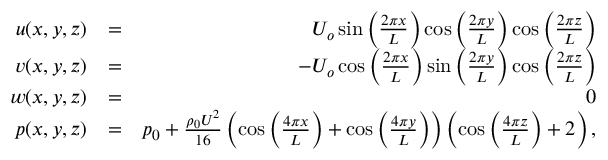
\begin{array} { r l r } { u ( x , y , z ) } & { = } & { U _ { o } \sin { \left( \frac { 2 \pi x } { L } \right) } \cos { \left( \frac { 2 \pi y } { L } \right) } \cos { \left( \frac { 2 \pi z } { L } \right) } } \\ { v ( x , y , z ) } & { = } & { - U _ { o } \cos { \left( \frac { 2 \pi x } { L } \right) } \sin { \left( \frac { 2 \pi y } { L } \right) } \cos { \left( \frac { 2 \pi z } { L } \right) } } \\ { w ( x , y , z ) } & { = } & { 0 } \\ { p ( x , y , z ) } & { = } & { p _ { 0 } + \frac { \rho _ { 0 } U ^ { 2 } } { 1 6 } \left( \cos { \left( \frac { 4 \pi x } { L } \right) } + \cos { \left( \frac { 4 \pi y } { L } \right) } \right) \left( \cos { \left( \frac { 4 \pi z } { L } \right) } + 2 \right) , } \end{array}